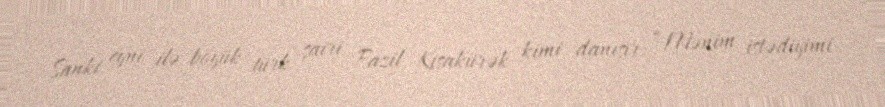
Sanki eyni ilə böyük türk şairi Fazil Kısakürək kimi danışır: “Mənim istədiyimi